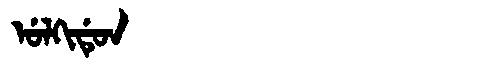
Manchu: ᡠᠯᡴᡳᡩᡠᠨ
Romanization: ULKIDUN